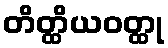
တိတ္ထိယဝတ္ထု